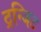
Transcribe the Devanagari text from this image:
ट्रन्जिट